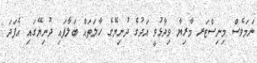
ނަމަވެސް މިނިސްޓަރ މާރިޔާ ވިދާޅުވީ އަދުގެ ދުނިޔޭގެ ހާލަތައް ބަލާފައި ދުނިޔޭގައި އެފަދަ